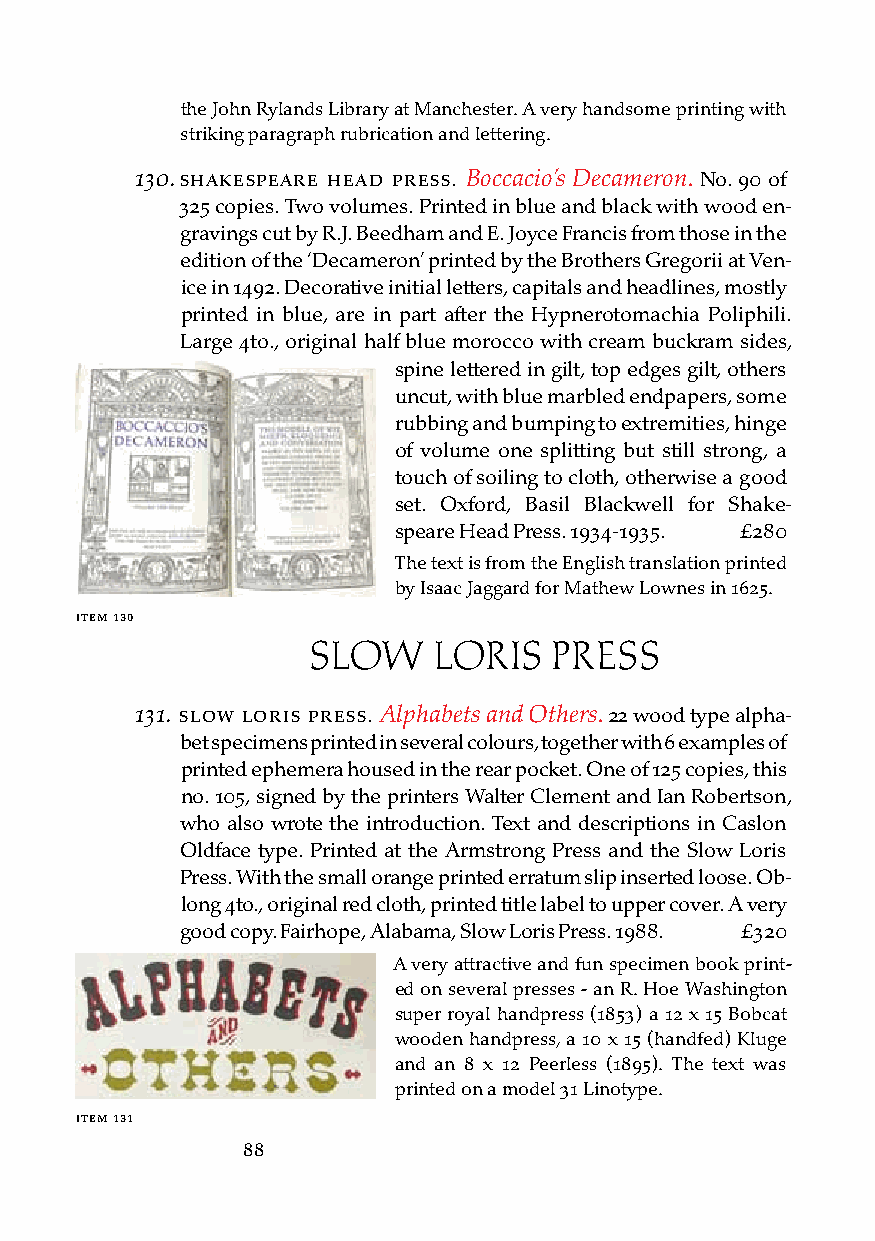
the John Rylands Library at Manchester. A very handsome printing with
 striking paragraph rubrication and lettering.
 130. sHakesPeare Head Press. Boccacio’s Decameron. No. 90 of
 325 copies. Two volumes. Printed in blue and black with wood en-
 gravings cut by R.J. Beedham and E. Joyce Francis from those in the
 edition of the ‘Decameron’ printed by the Brothers Gregorii at Ven-
 ice in 1492. Decorative initial letters, capitals and headlines, mostly
 printed in blue, are in part after the Hypnerotomachia Poliphili.
 Large 4to., original half blue morocco with cream buckram sides,
 spine lettered in gilt, top edges gilt, others
 uncut, with blue marbled endpapers, some
 rubbing and bumping to extremities, hinge
 of volume one splitting but still strong, a
 touch of soiling to cloth, otherwise a good
 set. Oxford, Basil Blackwell for Shake-
 speare Head Press. 1934-1935. £280
 The text is from the English translation printed
 by Isaac Jaggard for Mathew Lownes in 1625.
 iteM 130
 SLOW     LORIS   PRESS
 131. sloW loris Press. Alphabets and Others. 22 wood type alpha-
 bet specimens printed in several colours, together with 6 examples of
 printed ephemera housed in the rear pocket. One of 125 copies, this
 no. 105, signed by the printers Walter Clement and Ian Robertson,
 who also wrote the introduction. Text and descriptions in Caslon
 Oldface type. Printed at the Armstrong Press and the Slow Loris
 Press. With the small orange printed erratum slip inserted loose. Ob-
 long 4to., original red cloth, printed title label to upper cover. A very
 good copy. Fairhope, Alabama, Slow Loris Press. 1988. £320
 A very attractive and fun specimen book print-
 ed on several presses - an R. Hoe Washington
 super royal handpress (1853) a 12 x 15 Bobcat
 wooden handpress, a 10 x 15 (handfed) Kluge
 and an 8 x 12 Peerless (1895). The text was
 printed on a model 31 Linotype.
 iteM 131
 88